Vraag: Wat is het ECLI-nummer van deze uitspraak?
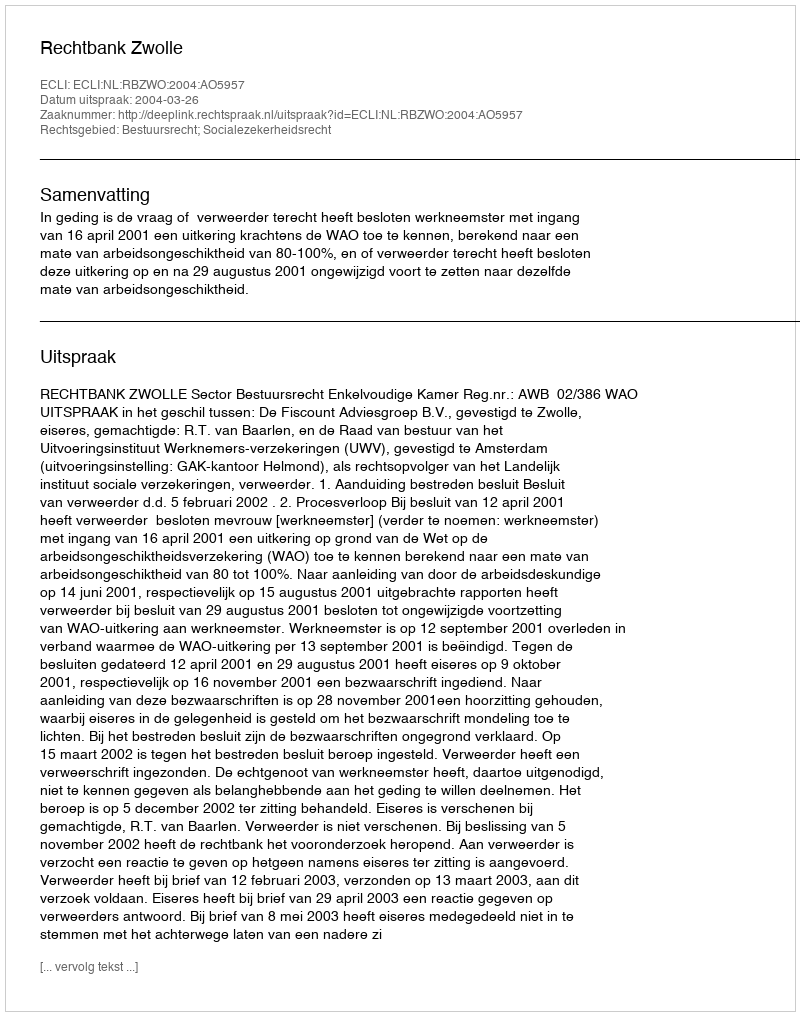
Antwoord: ECLI:NL:RBZWO:2004:AO5957